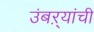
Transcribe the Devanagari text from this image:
उंबऱ्यांची